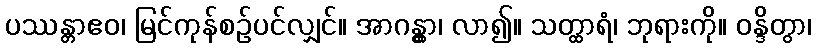
ပဿန္တာဧဝ၊ မြင်ကုန်စဉ်ပင်လျှင်။ အာဂန္တွာ၊ လာ၍။ သတ္ထာရံ၊ ဘုရားကို။ ဝန္ဒိတွာ၊